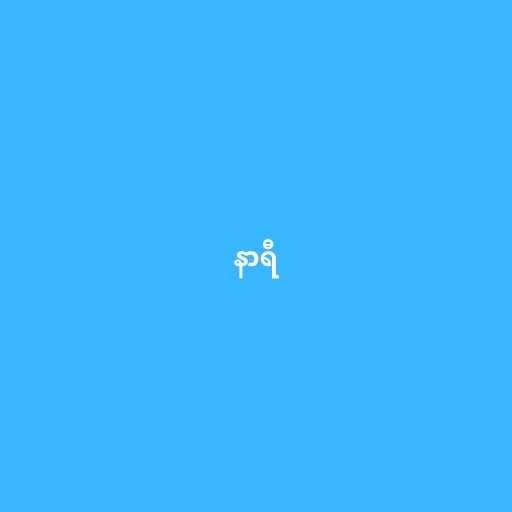
နာရီ